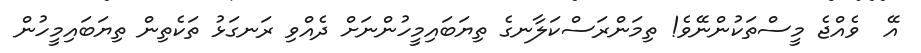
އޭ  ވެއްޖެ މީސްތަކުންނޭވެ! ތިމަންރަސްކަލާނގެ ތިޔަބައިމީހުންނަށް ދެއްވި ރަނގަޅު ތަކެތިން ތިޔަބައިމީހުން